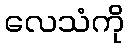
လေသံကို